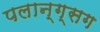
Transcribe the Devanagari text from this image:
पलान्ग्सग